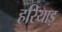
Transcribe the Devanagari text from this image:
हरियाड़